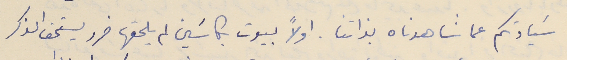
سَيادتكم عما شاهدناه بذاتنا. اولاً بيوت بكاسَين لم يلحقها ضرر يستحق الذكر